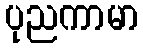
ပုညကာမာ